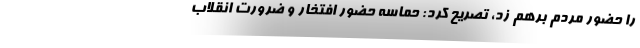
را حضور مردم برهم زد، تصریح کرد: حماسه حضور افتخار و ضرورت انقلاب